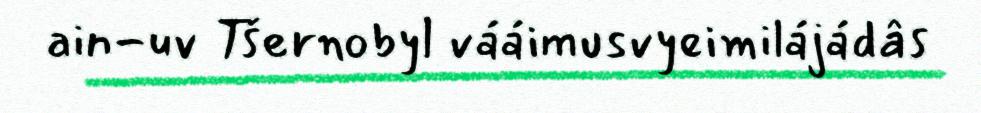
ain-uv Tšernobyl vááimusvyeimilájádâs